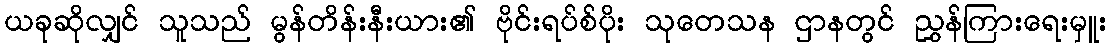
ယခုဆိုလျှင် သူသည် မွန်တိန်းနီးယား၏ ဗိုင်းရပ်စ်ပိုး သုတေသန ဌာနတွင် ညွှန်ကြားရေးမှူး